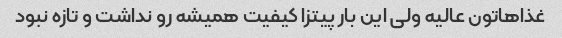
غذاهاتون عالیه ولی این بار پیتزا کیفیت همیشه رو نداشت و تازه نبود